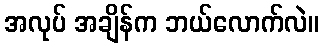
အလုပ် အချိန်က ဘယ်လောက်လဲ။